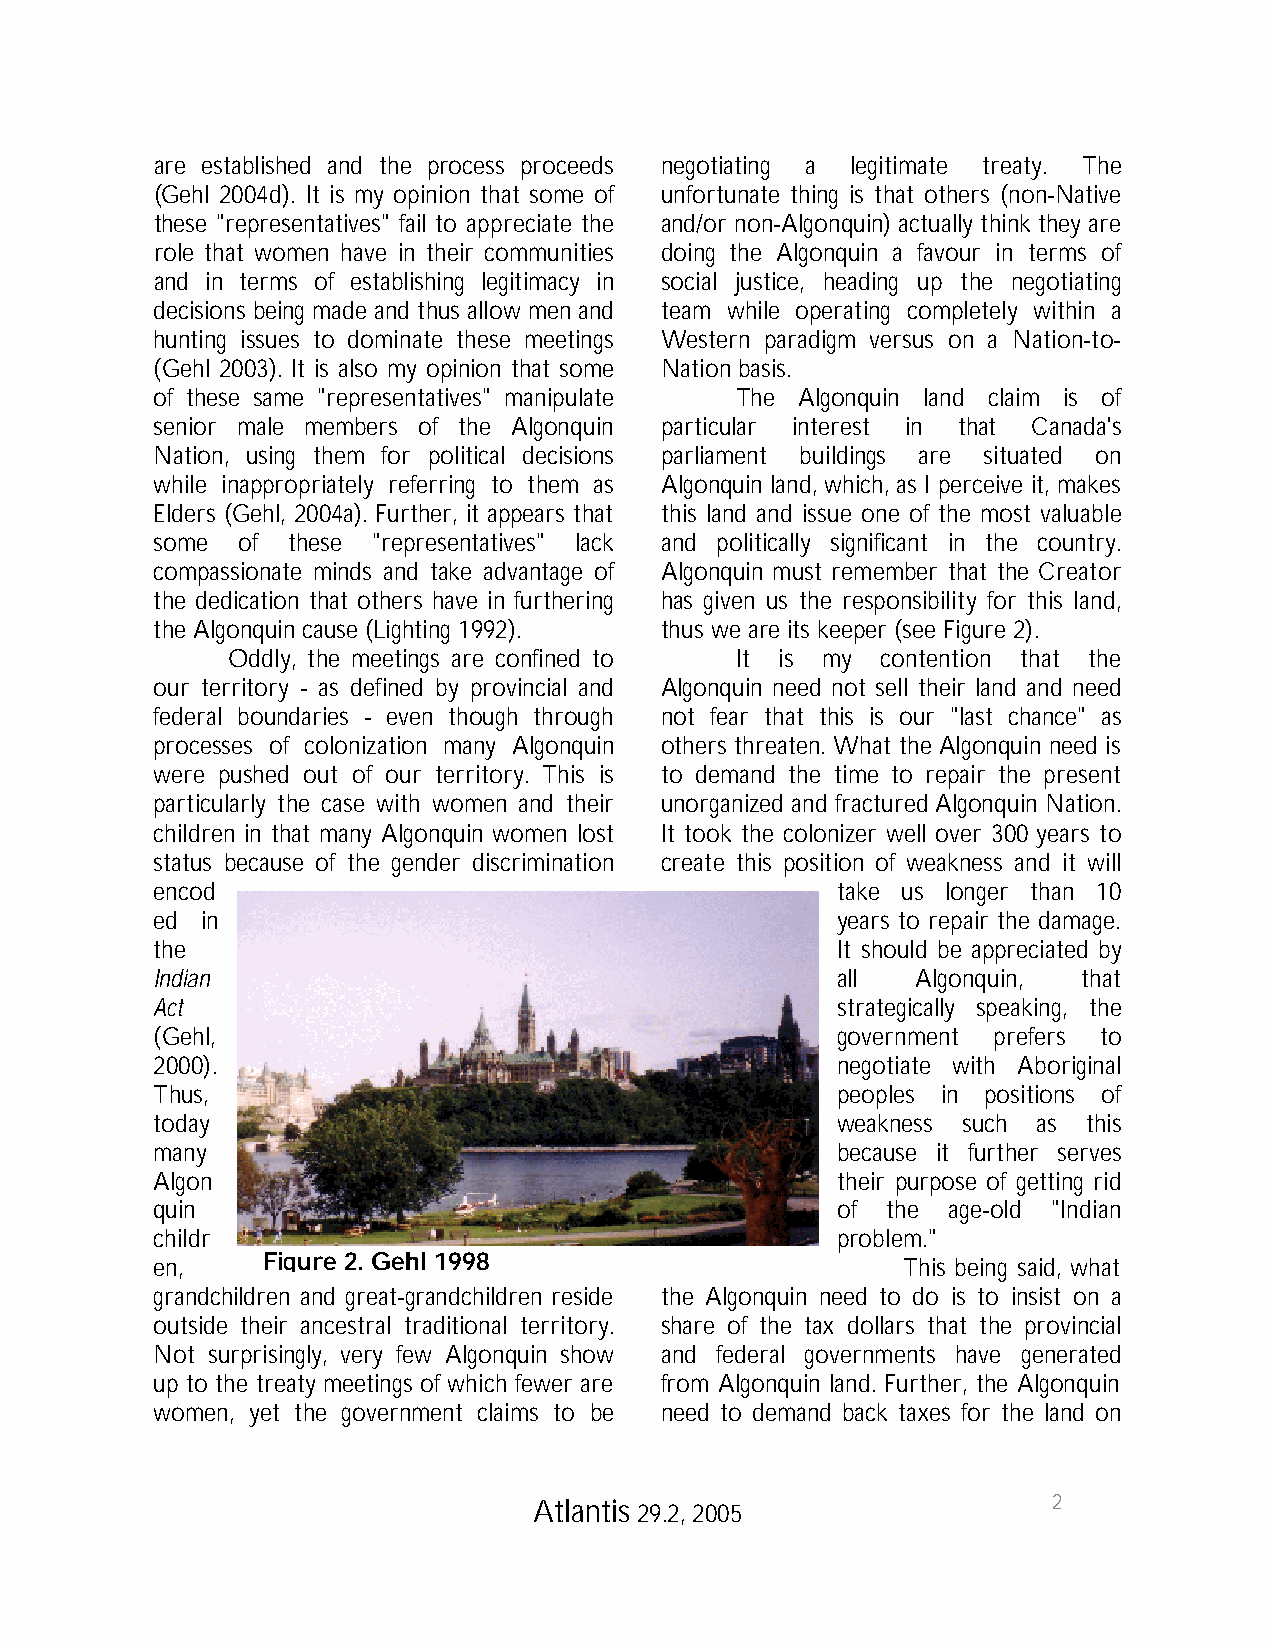
are established and the process proceeds negotiating a legitimate treaty. The
 (Gehl 2004d). It is my opinion that some of unfortunate thing is that others (non-Native
 these "representatives" fail to appreciate the and/or non-Algonquin) actually think they are
 role that women have in their communities doing the Algonquin a favour in terms of
 and in terms of establishing legitimacy in social justice, heading up the negotiating
 decisions being made and thus allow men and team while operating completely within a
 hunting issues to dominate these meetings Western paradigm versus on a Nation-to-
 (Gehl 2003). It is also my opinion that some Nation basis.
 of these same "representatives" manipulate The Algonquin land claim is of
 senior male members of the Algonquin particular interest in that Canada's
 Nation, using them for political decisions parliament buildings are situated on
 while inappropriately referring to them as Algonquin land, which, as I perceive it, makes
 Elders (Gehl, 2004a). Further, it appears that this land and issue one of the most valuable
 some  of these "representatives" lack and politically significant in the country.
 compassionate minds and take advantage of Algonquin must remember that the Creator
 the dedication that others have in furthering has given us the responsibility for this land,
 the Algonquin cause (Lighting 1992). thus we are its keeper (see Figure 2).
 Oddly, the meetings are confined to It is my contention that the
 our territory - as defined by provincial and Algonquin need not sell their land and need
 federal boundaries - even though through not fear that this is our "last chance" as
 processes of colonization many Algonquin others threaten. What the Algonquin need is
 were pushed out of our territory. This is to demand the time to repair the present
 particularly the case with women and their unorganized and fractured Algonquin Nation.
 children in that many Algonquin women lost It took the colonizer well over 300 years to
 status because of the gender discrimination create this position of weakness and it will
 encod                                        take us longer than 10
 ed in                                        years to repair the damage.
 the                                          It should be appreciated by
 Indian                                       all   Algonquin, that
 Act                                          strategically speaking, the
 (Gehl,                                       government prefers to
 2000).                                       negotiate with Aboriginal
 Thus,                                        peoples in positions of
 today                                        weakness such as this
 many                                         because it further serves
 Algon                                        their purpose of getting rid
 quin                                         of  the age-old "Indian
 childr                                       problem."
 Figure 2. Gehl 1998
 en,                                               This being said, what
 grandchildren and great-grandchildren reside the Algonquin need to do is to insist on a
 outside their ancestral traditional territory. share of the tax dollars that the provincial
 Not surprisingly, very few Algonquin show and federal governments have generated
 up to the treaty meetings of which fewer are from Algonquin land. Further, the Algonquin
 women, yet the government claims to be need to demand back taxes for the land on
 2
 Atlantis 29.2, 2005